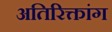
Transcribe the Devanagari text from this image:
अतिरिक्तांग